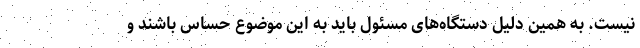
نیست. به همین دلیل دستگاه‌های مسئول باید به این موضوع حساس باشند و